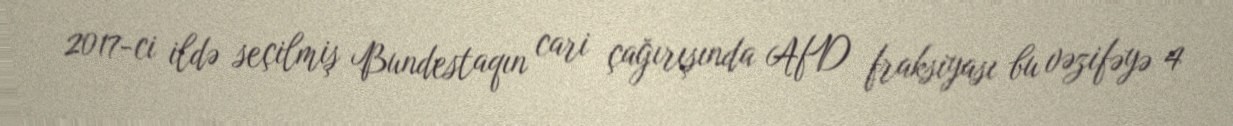
2017-ci ildə seçilmiş Bundestaqın cari çağırışında AfD fraksiyası bu vəzifəyə 4